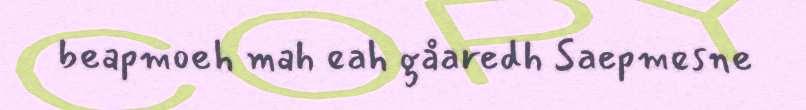
beapmoeh mah eah gåaredh Saepmesne